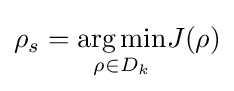
\rho _{s}={\underset {\rho \in D_{k}}{\operatorname {arg\,min} }}J(\rho )